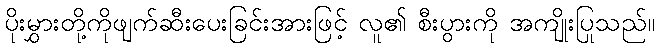
ပိုးမွှားတို့ကိုဖျက်ဆီးပေးခြင်းအားဖြင့် လူ၏ စီးပွားကို အကျိုးပြုသည်။